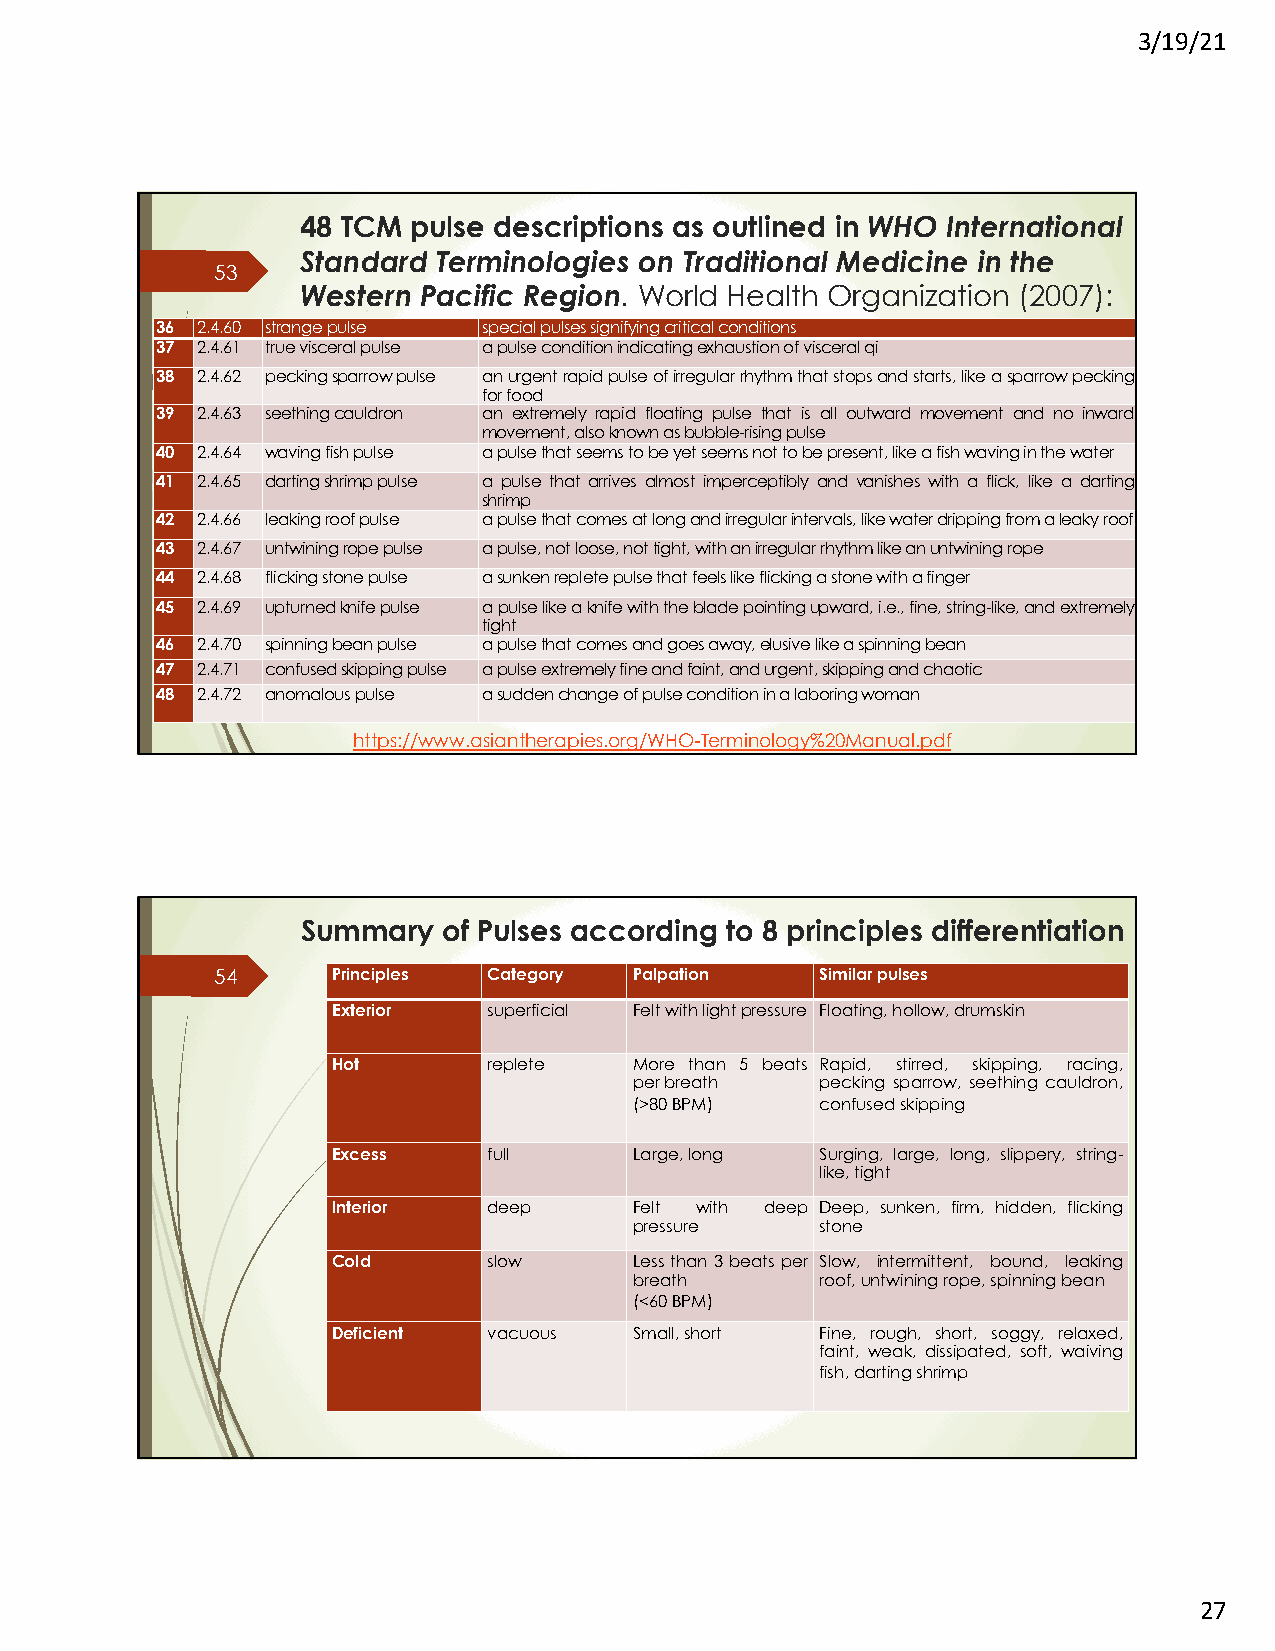
3/19/21
 48 TCM pulse descriptions as outlined in WHO International
 Standard Terminologies on Traditional Medicine in the
 53
 Western Pacific Region. World Health Organization (2007):
 36 2.4.60 strangepulse specialpulsessignifyingcriticalconditions
 37 2.4.61 truevisceralpulse apulseconditionindicatingexhaustionofvisceralqi
 38 2.4.62 peckingsparrowpulse anurgentrapidpulseofirregularrhythmthatstopsandstarts,likeasparrowpecking
 forfood
 39 2.4.63 seethingcauldron an extremely rapid floating pulse that is all outward movement and no inward
 movement,alsoknownasbubble-risingpulse
 40 2.4.64 wavingfishpulse apulsethatseemstobeyetseemsnottobepresent,likeafishwavinginthewater
 41 2.4.65 dartingshrimppulse a pulse that arrives almost imperceptibly and vanishes with a flick, like a darting
 shrimp
 42 2.4.66 leakingroofpulse apulsethatcomesatlongandirregularintervals,likewaterdrippingfromaleakyroof
 43 2.4.67 untwiningropepulse apulse,notloose,nottight,withanirregularrhythmlikeanuntwiningrope
 44 2.4.68 flickingstonepulse asunkenrepletepulsethatfeelslikeflickingastonewithafinger
 45 2.4.69 upturnedknifepulse apulselikeaknifewiththebladepointingupward,i.e.,fine,string-like,andextremely
 tight
 46 2.4.70 spinningbeanpulse apulsethatcomesandgoesaway,elusivelikeaspinningbean
 47 2.4.71 confusedskippingpulse apulseextremelyfineandfaint,andurgent,skippingandchaotic
 48 2.4.72 anomalouspulse asuddenchangeofpulseconditioninalaboringwoman
 https://www.asiantherapies.org/WHO-Terminology%20Manual.pdf
 Summary  of Pulses according to 8 principles differentiation
 54      Principles Category Palpation   Similarpulses
 Exterior  superficial Feltwithlightpressure Floating,hollow,drumskin
 Hot       replete   More than 5 beats Rapid, stirred, skipping, racing,
 perbreath   pecking sparrow, seething cauldron,
 (>80BPM)    confusedskipping
 Excess    full      Large,long  Surging, large, long, slippery, string-
 like,tight
 Interior  deep      Felt with deep Deep, sunken, firm, hidden, flicking
 pressure    stone
 Cold      slow      Lessthan3beatsper Slow, intermittent, bound, leaking
 breath      roof,untwiningrope,spinningbean
 (<60BPM)
 Deficient vacuous   Small,short Fine, rough, short, soggy, relaxed,
 faint, weak, dissipated, soft, waiving
 fish,dartingshrimp
 27